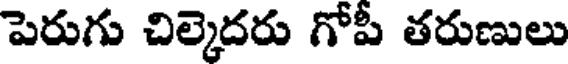
పెరుగు చిల్కెదరు గోపీ తరుణులు